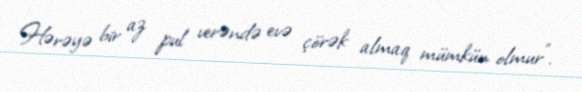
Hərəyə bir az pul verəndə evə çörək almaq mümkün olmur”.